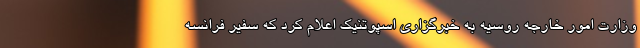
وزارت امور خارجه روسیه به خبرگزاری اسپوتنیک اعلام کرد که سفیر فرانسه